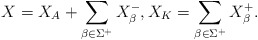
\begin{align*}X=X_A+ \sum_{\beta\in \Sigma^+}X_\beta^-,X_K=\sum_{\beta\in\Sigma^+}X_\beta^+.\end{align*}